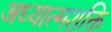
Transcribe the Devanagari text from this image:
अध्यात्मशक्ति